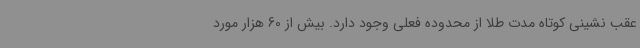
عقب نشینی کوتاه مدت طلا از محدوده فعلی وجود دارد. بیش از 60 هزار مورد